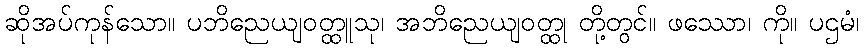
ဆိုအပ်ကုန်သော။ ပဘိညေယျဝတ္ထူသု၊ အဘိညေယျဝတ္ထု တို့တွင်။ ဖဿော၊ ကို။ ပဌမံ၊